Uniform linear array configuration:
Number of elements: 24
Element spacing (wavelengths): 0.75
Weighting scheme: hamming
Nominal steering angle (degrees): -45
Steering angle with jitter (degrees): -43.478
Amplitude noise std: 0.05
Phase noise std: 0.05

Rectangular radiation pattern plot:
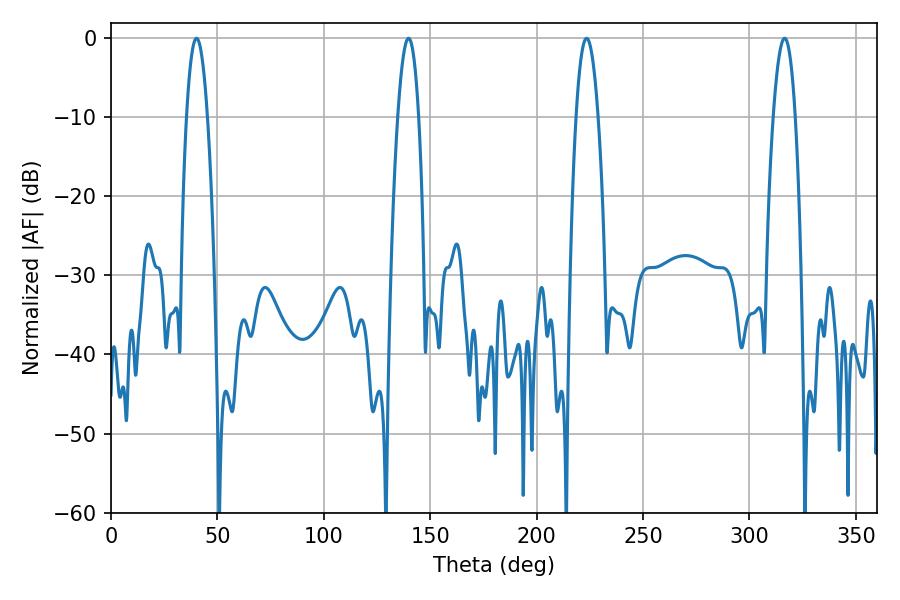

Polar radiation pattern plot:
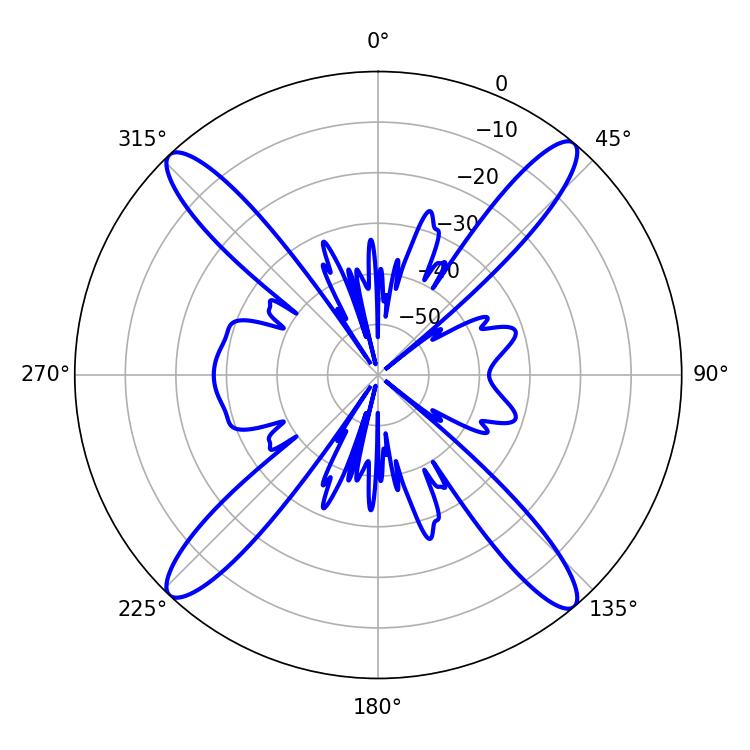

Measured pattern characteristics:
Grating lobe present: TRUE
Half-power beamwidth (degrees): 5.4
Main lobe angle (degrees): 40.14